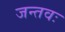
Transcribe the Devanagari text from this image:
जन्तवः